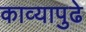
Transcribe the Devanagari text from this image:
काव्यापुढे